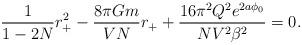
LaTeX: \begin{align*}\frac{1}{1-2N}r_+^2 -\frac{8\pi Gm}{VN }r_+ + \frac{16\pi^2 Q^2 e^{2a\phi_0}}{NV^2 \beta^2}=0.\end{align*}